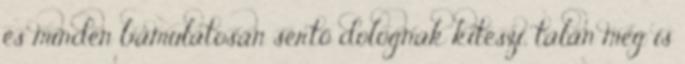
és minden bámulatosan sértő dolognak kiteszi, talán meg is